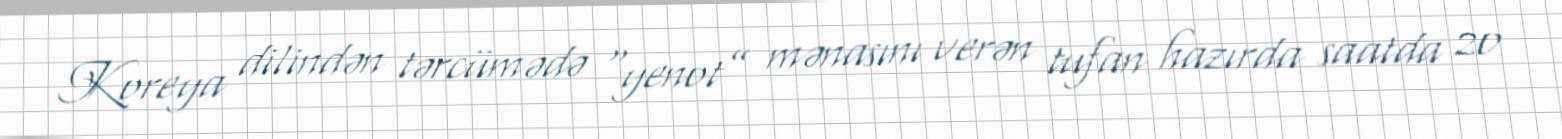
Koreya dilindən tərcümədə “yenot” mənasını verən tufan hazırda saatda 20